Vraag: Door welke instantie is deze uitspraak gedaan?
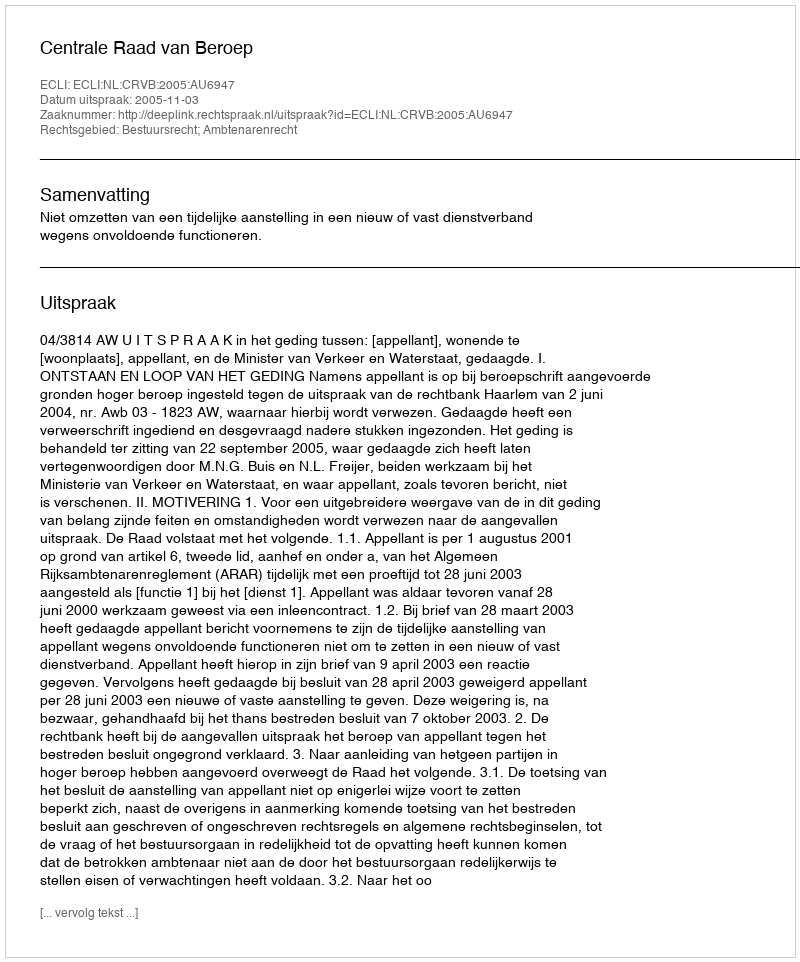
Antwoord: Centrale Raad van Beroep